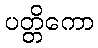
ပတ္တိကော